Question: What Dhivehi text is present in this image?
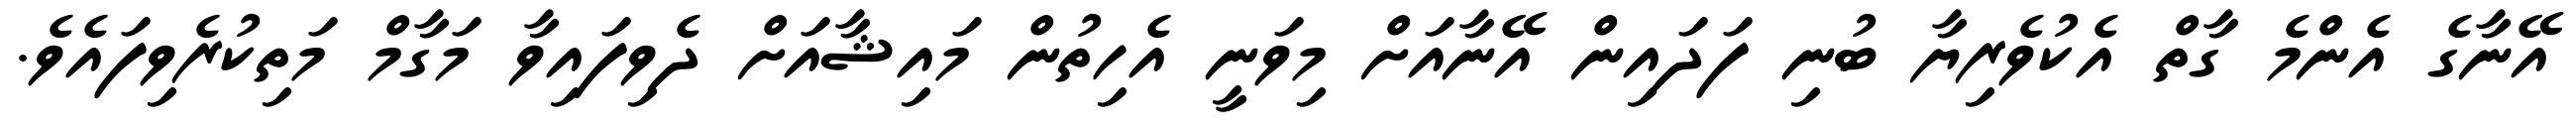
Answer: އޭނާގެ އެންމެ ގާތް އެކުވެރިޔާ ބުނި ފަދައިން އޭނާއަށް މިވަނީ އެހިތުން މައިޝާއަށް ދެވިފައިވާ މަގާމް މަތިކުރެވިފައެވެ.